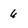
Character: 6